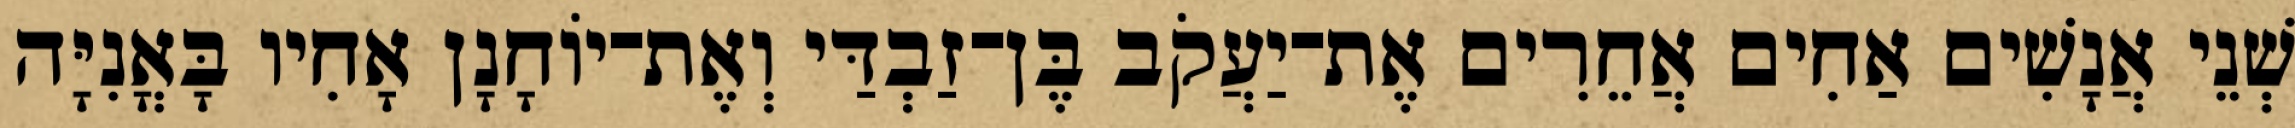
שְׁנֵי אֲנָשִׁים אַחִים אֲחֵרִים אֶת־יַעֲקֹב בֶּן־זַבְדַּי וְאֶת־יוֹחָנָן אָחִיו בָּאֳנִיָּה